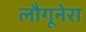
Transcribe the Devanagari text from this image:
लौगूनेरा